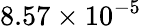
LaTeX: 8.57\times 10^{-5}